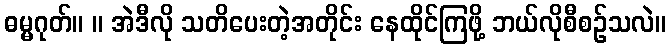
ဓမ္မဂုတ်။ ။ အဲဒီလို သတိပေးတဲ့အတိုင်း နေထိုင်ကြဖို့ ဘယ်လိုစီစဉ်သလဲ။